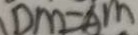
D M = A M